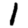
Digit: 1